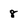
Character: 8